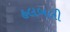
હલબલી